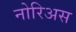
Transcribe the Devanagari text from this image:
नोरिअस